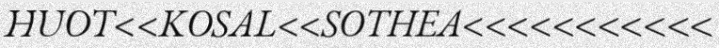
HUOT<<KOSAL<<SOTHEA<<<<<<<<<<<